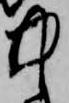
中